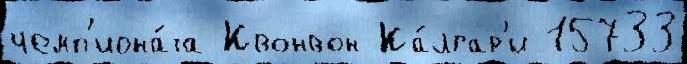
чемп'иона́та Квонвон Ка́лгар'и 15733